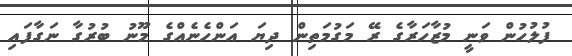
ފުލުހުން ވަނީ މުޒާހަރާގެ ރޭ މަގުމަތިން ދިޔަ އަންހެނެއްގެ މޫނު ބުރުގާ ނަގާފައި